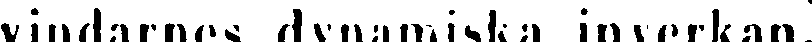
vindarnes dynamiska inverkan.